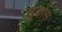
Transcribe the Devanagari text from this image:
सुकोस